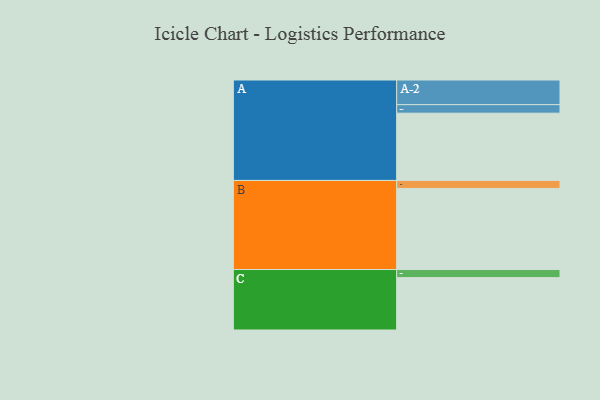
{"axis": {"x": "Segment", "y": "Value"}, "legend": ["", "A", "B", "C"], "data": [{"x": "A", "y": 456, "type": ""}, {"x": "B", "y": 550, "type": ""}, {"x": "C", "y": 355, "type": ""}, {"x": "A-1", "y": 58, "type": "A"}, {"x": "A-2", "y": 167, "type": "A"}, {"x": "B-1", "y": 54, "type": "B"}, {"x": "C-1", "y": 55, "type": "C"}]}